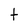
Character: t